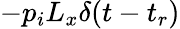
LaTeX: -p_{i}L_{x}\delta(t-t_{r})